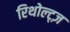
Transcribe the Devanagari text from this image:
रिथोल्ट्ज़